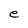
Character: e